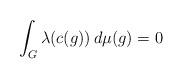
LaTeX: \begin{align*}\int_G \lambda(c(g)) \, d\mu(g) = 0\end{align*}